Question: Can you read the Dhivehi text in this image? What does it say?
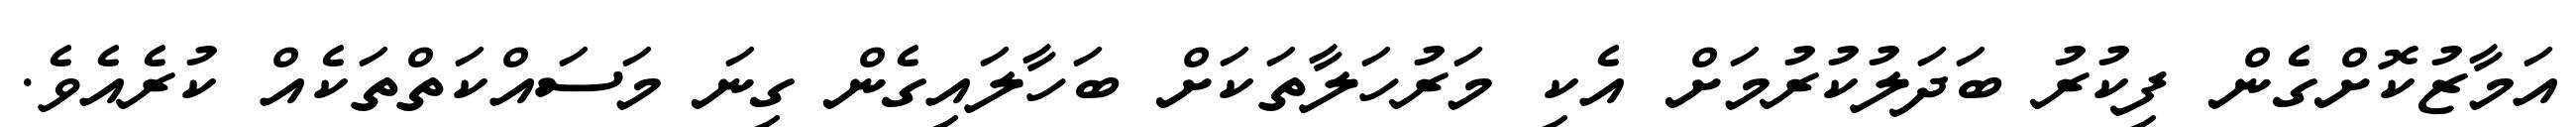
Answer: އަމާޒުކޮށްގެން ފިކުރު ބަދަލުކުރުމަށް އެކި މަރުހަލާތަކަށް ބަހާލައިގެން ގިނަ މަސައްކަތްތަކެއް ކުރެއެވެ.